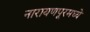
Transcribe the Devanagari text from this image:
नारायणपूरमध्ये